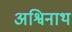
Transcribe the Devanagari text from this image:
अश्विनाथ